Report of the Municipal Commissioner on the plague in Bombay for the year ending 31st May... - Volume 2
Disease focus: Plague
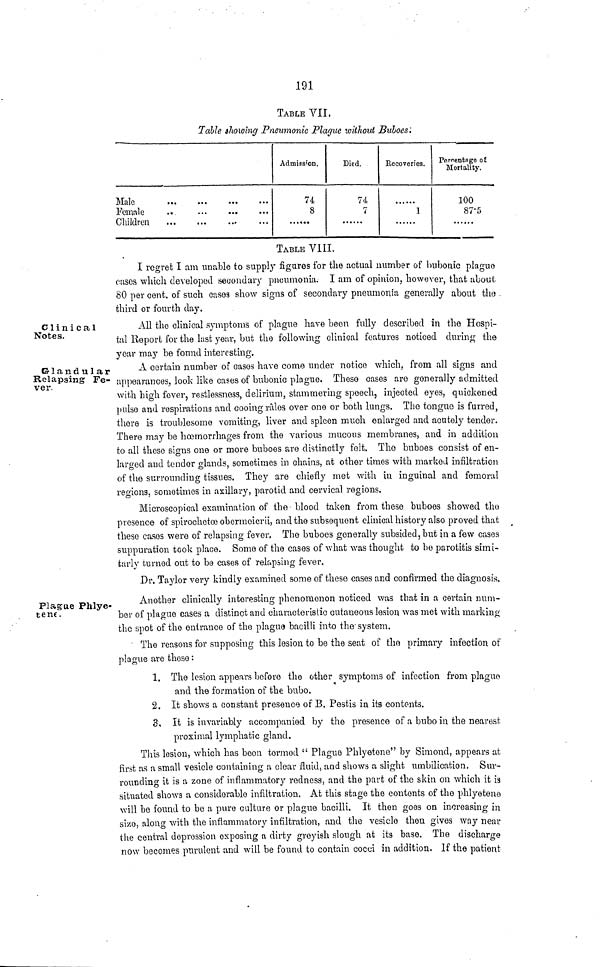
191
TABLE VII,
Table showing Pneumonic Plague without Buboes',
Female
..
Admission.
74
8
Died.
74
7
Recoveries.
1
Peroentnge o£
Mortality.
ion
87'5
TABLE VIII.
I regret I am unable to supply figures for the actual number of bubonic plague
cusea which developed secondary pneumonia. I am of opinion, however, that about
80 per cent, of such cases show signs of secondary pneumonia generally about the
third or fourth clay.
Clinical
Notes.
All the clinical symptoms of plague have been fully described in the Hospi-
tal Report for the last year, but the following clinical features noticed during the
year ma3 r be found interesting.
Glandular
Relapsing Fe-
ver.
A certain number of cases have come under notice which, i'rom all signs and
appearances, look like cases of bubonic plague. These cases are generally admitted
with high fever, restlessness, delirium, stammering speech, injected eyes, quickened
pulse and respirations and cooing ralos over one or both lungs. The tongue is furred,
there is troublesome vomiting, liver and spleen much enlarged and acutely tender.
There may be hcemorrhages from the various mucous membranes, and in addition
to all these signs one or more buboes are distinctly felt. The buboes consist of en-
larged and tender glands, sometimes in chains, at other times with marked infiltration
of the surrounding tissues. They are chiefly met with in inguinal and femoral
regions, sometimes in axillary, parotid and cervical regions.
Microscopical examination of the blood taken from these buboes showed the
presence of spirochetoeobermoicrii, and the subsequent clinical history also proved that
these cases were of relapsing fever. The buboes generally subsided, but in a few cases
suppuration took place. Some of the cases of what was thought to be parotitis simi-
fcarly turned out to be cases of relapsing fever.
.Dr. Ta}ior very kindly examined some of these cases and confirmed the diagnosis.
Plague Phlye-
tene.
Another clinically interesting phenomenon noticed was that in a certain num-
ber of plague cases a distinct and characteristic cutaneous lesion was met with marking
the spot of the entrance of the plague bacilli into the' system.
The reasons for supposing this lesion to be the seat of tho primary infection of
plague are these:
1. The lesion appears before the other symptoms of infection from plague
and the formation of the bubo.
2. It shows a constant presence of B. Pestis in its contents.
3. It is invariably accompanied by the presence of a bubo in the nearest
proximal lymphatic gland.
This lesion, which has been termed " Plague Phlyetene" by Simond, appears at
first as a small vesicle containing a clear fluid, and shows a slight umbilication. Sur-
rounding it is a zone of inflammatory redness, and the part of tho skin on which it is
situated shows a considerable infiltration. At this stage the contents of the phlyetene
will be found to be a pure culture or plague bacilli. It then goes on increasing in
si/;o, along with the inflammatory infiltration, and the vesicle then gives way near
the central depression exposing a dirty greyish slough at its base. The discharge
now becomes purulent and will be found to contain cocci in addition. If the patient